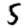
Digit: 5